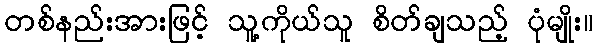
တစ်နည်းအားဖြင့် သူ့ကိုယ်သူ စိတ်ချသည့် ပုံမျိုး။